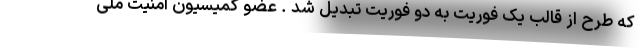
که طرح از قالب یک فوریت به دو فوریت تبدیل شد . عضو کمیسیون امنیت ملی